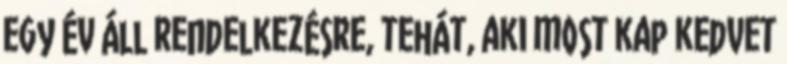
egy év áll rendelkezésre, tehát, aki most kap kedvet